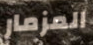
المزمار